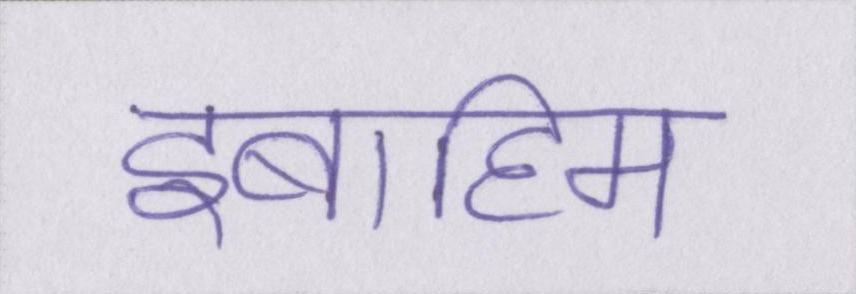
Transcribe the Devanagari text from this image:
इब्राहिम